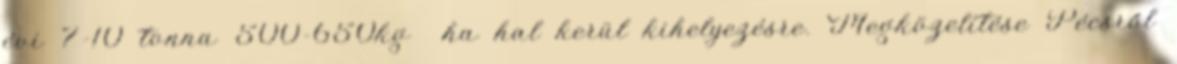
évi 7-10 tonna 500-650kg ha hal kerül kihelyezésre. Megközelítése Pécsről